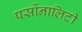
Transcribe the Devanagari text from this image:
पर्सोनालिटी